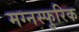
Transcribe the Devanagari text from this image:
मग्नस्फुरिक